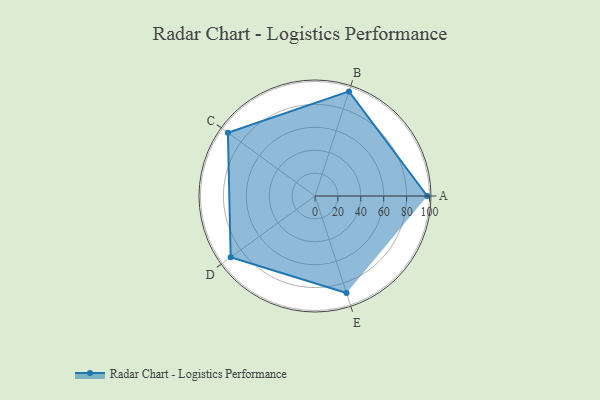
{"axis": {"x": "Skill", "y": "Score"}, "legend": ["Profile"], "data": [{"x": "A", "y": 98.0, "type": "Profile"}, {"x": "B", "y": 96.0, "type": "Profile"}, {"x": "C", "y": 94.0, "type": "Profile"}, {"x": "D", "y": 91.0, "type": "Profile"}, {"x": "E", "y": 89.0, "type": "Profile"}]}